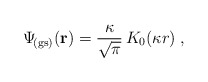
\begin{align*}\Psi_{\! {\rm (gs)}} ({\bf r})=\frac{\kappa}{ \sqrt{\pi} } \, K_{0} (\kappa r) \; ,\end{align*}